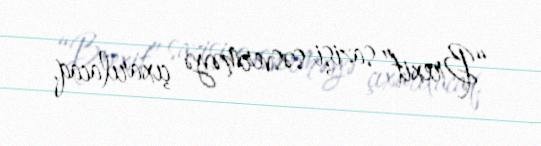
“Brexit” sazişi səsverməyə çıxarılacaq.